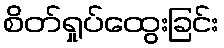
စိတ်ရှုပ်ထွေးခြင်း